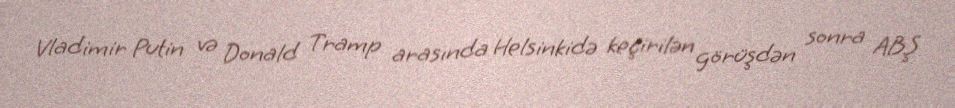
Vladimir Putin və Donald Tramp arasında Helsinkidə keçirilən görüşdən sonra ABŞ